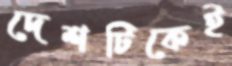
দেশটিকেই